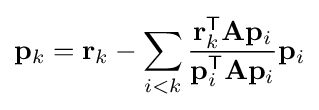
\mathbf {p} _{k}=\mathbf {r} _{k}-\sum _{i<k}{\frac {\mathbf {r} _{k}^{\mathsf {T}}\mathbf {A} \mathbf {p} _{i}}{\mathbf {p} _{i}^{\mathsf {T}}\mathbf {A} \mathbf {p} _{i}}}\mathbf {p} _{i}